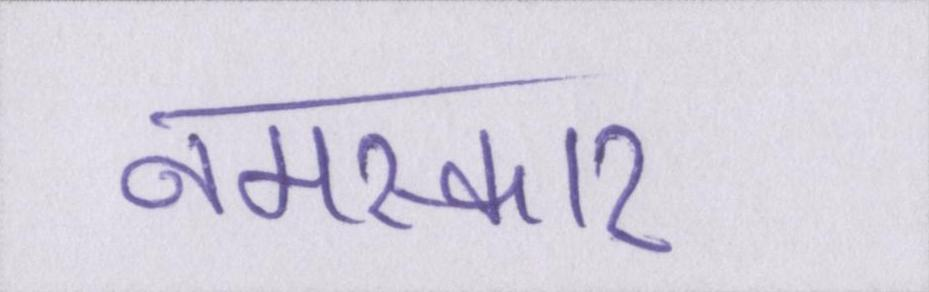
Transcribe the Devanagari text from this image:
नमस्कार